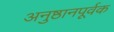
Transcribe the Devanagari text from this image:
अनुष्ठानपूर्वक